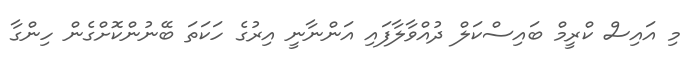
މި އައިސް ކްރީމް ބައިސްކަލް ދުއްވާލާފައި އަންނާނީ އިރުގެ ހަކަތަ ބޭނުންކޮށްގެން ހިންގާ